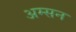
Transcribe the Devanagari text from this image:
अम्सन